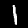
Label: 1